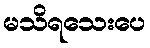
မသိရသေးပေ